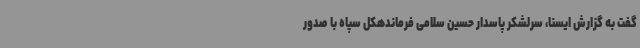
گفت به گزارش ایسنا، سرلشکر پاسدار حسین سلامی فرماندهکل سپاه با صدور